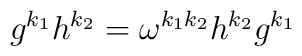
g^{k_1}h^{k_2}=\omega^{k_1k_2}h^{k_2}g^{k_1}